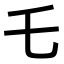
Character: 乇